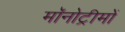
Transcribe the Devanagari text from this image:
मॉनोट्रीमों